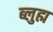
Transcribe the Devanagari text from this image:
ब्लुह्म